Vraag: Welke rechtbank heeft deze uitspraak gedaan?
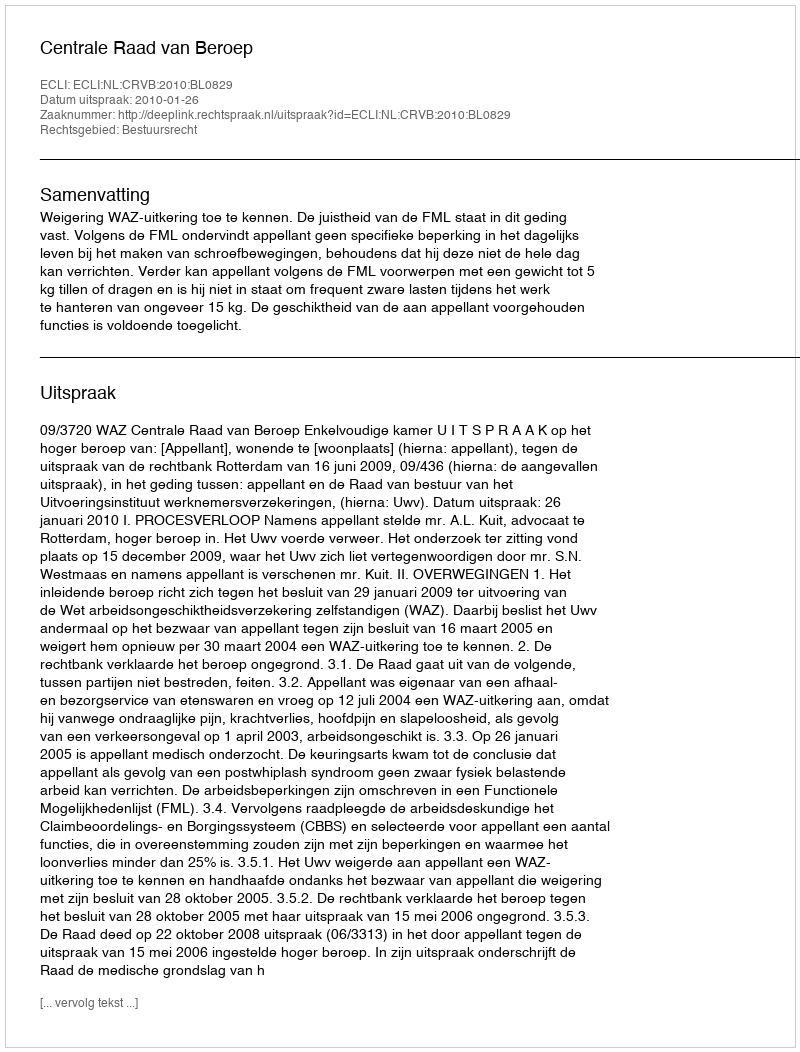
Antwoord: Centrale Raad van Beroep